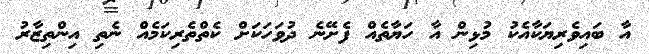
އާ ބައިވެރިޔަކާއެކު މުޅިން އާ ހަޔާތެއް ފެށޭނެ ދުވަހަކަށް ކެތްތެރިކަމެއް ނެތި އިންތިޒާރު